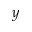
y